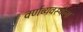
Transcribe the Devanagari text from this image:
वर्णव्यवस्थेला